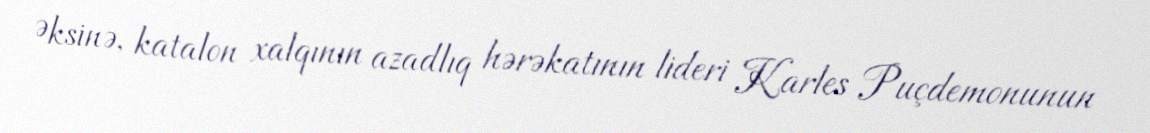
Əksinə, katalon xalqının azadlıq hərəkatının lideri Karles Puçdemonunun